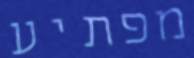
מפתיע